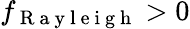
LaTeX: f_{\mathrm{~R~a~y~l~e~i~g~h~}}>0